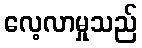
လေ့လာမှုသည်